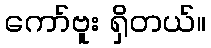
ကော်ဗူး ရှိတယ်။